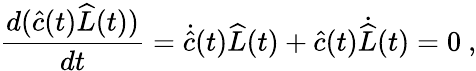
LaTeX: \frac{d(\widehat{c}(t)\widehat{L}(t))}{dt}=\dot{\widehat{c}}(t)\widehat{L}(t)+\widehat{c}(t)\dot{\widehat{L}}(t)=0\ ,